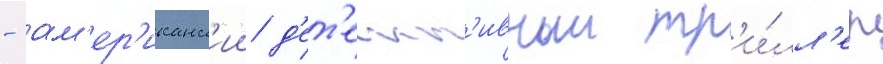
- ам'ер'иканск'ии д'ет'ект'ивныи тр'и́лл'ер